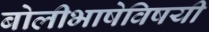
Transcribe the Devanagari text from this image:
बोलीभाषेविषयी